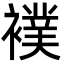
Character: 襆